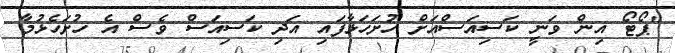
"ޕޯޓޯ އިން ވަނީ ކަސިއަސްއަށް ހުށަހަޅާފައި އަދި ކަސިއަސް ވެސް އެ ހުށަހެޅުމާ